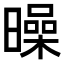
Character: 𣋝